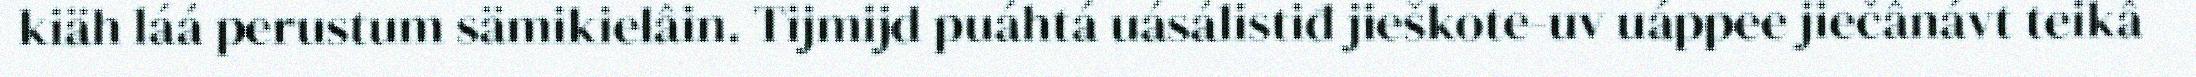
kiäh láá perustum sämikielâin. Tijmijd puáhtá uásálistiđ jieškote-uv uáppee jiečânávt teikâ